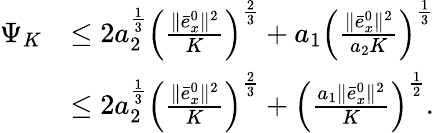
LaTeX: \begin{array}{rl}{\Psi_{K}}&{\leq 2a_{2}^{\frac{1}{3}}\left(\frac{\| \bar{e}_{x}^{0}\| ^{2}}{K}\right)^{\frac{2}{3}}+a_{1}\left(\frac{\| \bar{e}_{x}^{0}\| ^{2}}{a_{2}K}\right)^{\frac{1}{3}}}\\ &{\leq 2a_{2}^{\frac{1}{3}}\left(\frac{\| \bar{e}_{x}^{0}\| ^{2}}{K}\right)^{\frac{2}{3}}+\left(\frac{a_{1}\| \bar{e}_{x}^{0}\| ^{2}}{K}\right)^{\frac{1}{2}}.}\end{array}